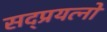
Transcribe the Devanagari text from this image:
सद्प्रयत्नों